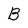
Character: B